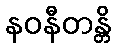
နဝနီတန္တိ